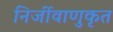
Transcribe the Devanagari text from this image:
निर्जीवाणुकृत